Source: Handwritten
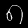
Digit: ၈ (8)